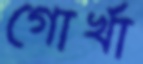
গোর্খা